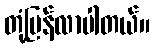
တုံ့ပြန်လာပါတယ်။